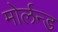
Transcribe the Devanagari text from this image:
मोर्लन्ड